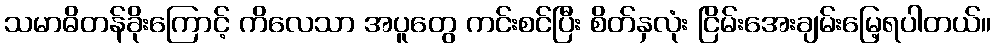
သမာဓိတန်ခိုးကြောင့် ကိလေသာ အပူတွေ ကင်းစင်ပြီး စိတ်နှလုံး ငြိမ်းအေးချမ်းမြေ့ရပါတယ်။